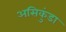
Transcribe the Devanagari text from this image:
असिकुंडा